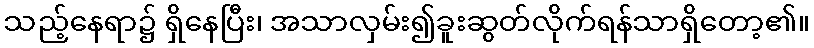
သည့်နေရာ၌ ရှိနေပြီး၊ အသာလှမ်း၍ခူးဆွတ်လိုက်ရန်သာရှိတော့၏။